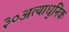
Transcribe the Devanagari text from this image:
३०अत्याधुनिक